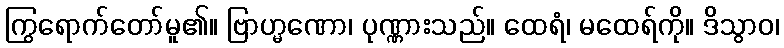
ကြွရောက်တော်မူ၏။ ဗြာဟ္မဏော၊ ပုဏ္ဏားသည်။ ထေရံ၊ မထေရ်ကို။ ဒိသွာဝ၊